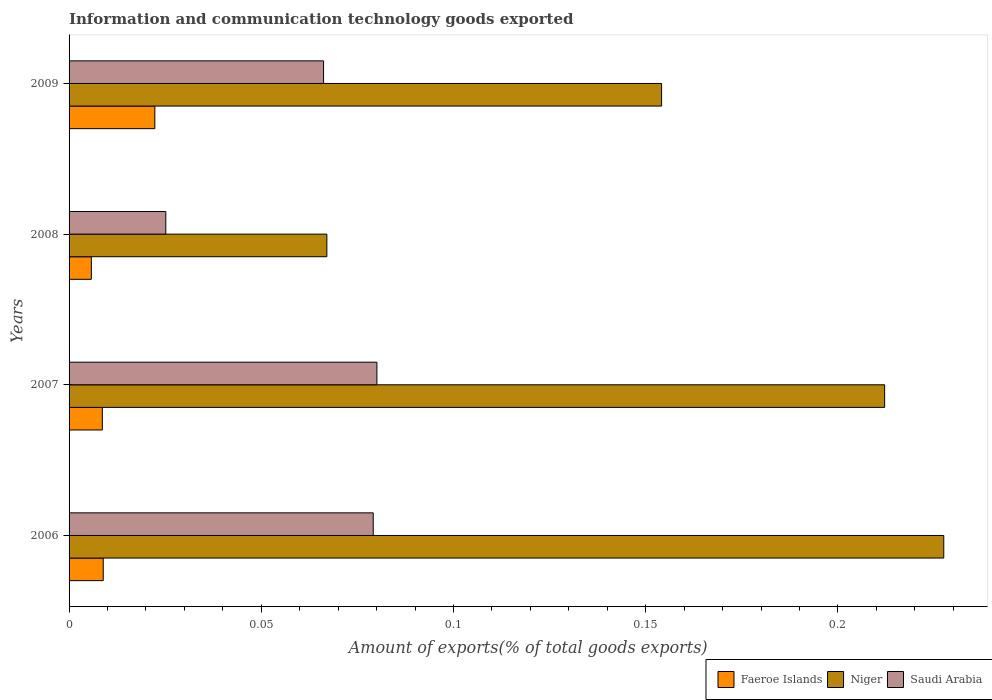
| Years | Faeroe Islands | Niger | Saudi Arabia |
 | --- | --- | --- | --- |
 | 2006 | 0.00889 | 0.228 | 0.0791 |
 | 2007 | 0.00865 | 0.212 | 0.0801 |
 | 2008 | 0.0058 | 0.0671 | 0.0252 |
 | 2009 | 0.0223 | 0.154 | 0.0662 |